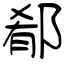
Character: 郩